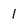
Character: l